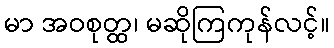
မာ အဝစုတ္ထ၊ မဆိုကြကုန်လင့်။